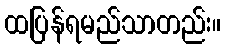
ထပြန်ရမည်သာတည်း။